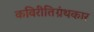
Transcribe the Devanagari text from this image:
कविरीतिग्रंथकार